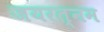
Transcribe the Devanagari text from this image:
जयरत्नम